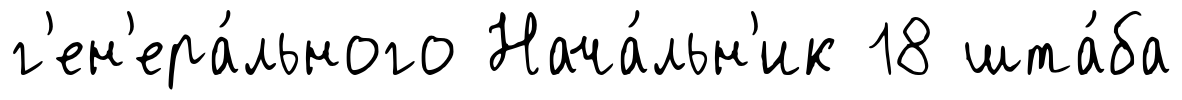
г'ен'ера́льного Нача́льн'ик 18 шта́ба